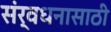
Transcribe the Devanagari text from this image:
संर्वधनासाठी